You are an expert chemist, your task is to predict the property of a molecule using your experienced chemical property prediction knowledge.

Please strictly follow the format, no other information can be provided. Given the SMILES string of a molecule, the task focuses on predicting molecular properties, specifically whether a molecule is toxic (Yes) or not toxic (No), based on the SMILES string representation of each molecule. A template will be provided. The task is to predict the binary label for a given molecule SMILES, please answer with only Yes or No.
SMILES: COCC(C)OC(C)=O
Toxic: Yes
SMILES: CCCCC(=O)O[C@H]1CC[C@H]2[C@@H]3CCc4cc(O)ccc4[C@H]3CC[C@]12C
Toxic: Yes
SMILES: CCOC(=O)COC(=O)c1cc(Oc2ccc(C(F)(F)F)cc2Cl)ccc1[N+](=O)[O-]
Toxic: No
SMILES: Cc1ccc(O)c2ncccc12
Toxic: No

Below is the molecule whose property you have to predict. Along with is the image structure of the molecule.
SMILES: CC(=O)/C(C)=C/C1C(C)=CCCC1(C)C
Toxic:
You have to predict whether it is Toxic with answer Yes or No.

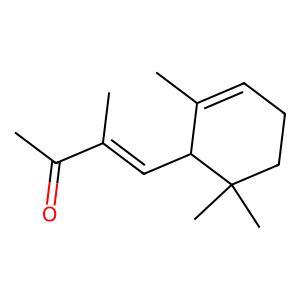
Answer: No